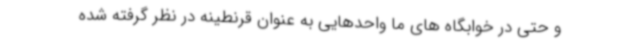
و حتی در خوابگاه های ما واحدهایی به عنوان قرنطینه در نظر گرفته شده